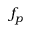
f _ { p }